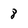
Character: 8